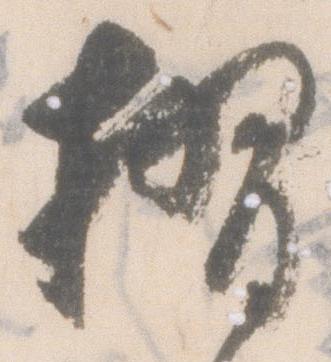
摺